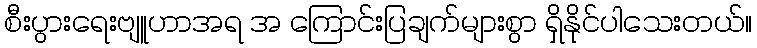
စီးပွားရေးဗျူဟာအရ အ ကြောင်းပြချက်များစွာ ရှိနိုင်ပါသေးတယ်။